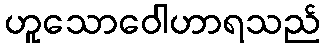
ဟူသောဝေါဟာရသည်